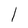
Character: 1